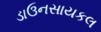
ડાઉનસાયકલ